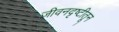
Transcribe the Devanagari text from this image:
जीवनदृष्टीतून